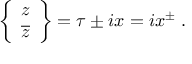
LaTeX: \left\{ \begin{array} { c } { { z } } \\ { { \overline { { z } } } } \end{array} \right\} = \tau \pm i x = i x ^ { \pm } \; .